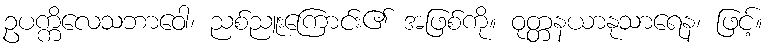
ဥပက္ကိလေသဘာဝေါ၊ ညစ်ညူးကြောင်း၏ အဖြစ်ကို။ ဝုတ္တနယာနုသာရေန၊ ဖြင့်။